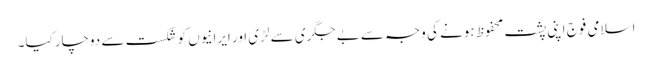
اسلامی فوج اپنی پشت محفوظ ہونے کی وجہ سے بے جگری سے لڑی اور ایرانیوں کو شکست سے دوچارکیا۔